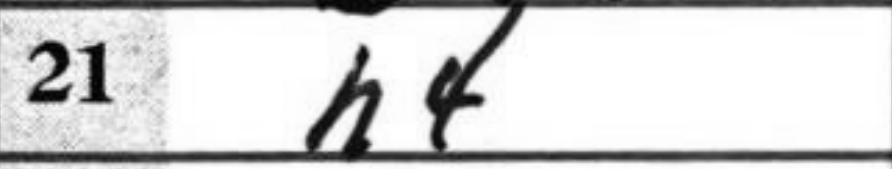
Transcription: h4